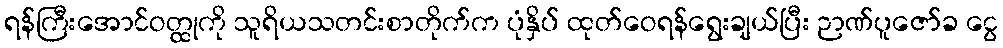
ရန်ကြီးအောင်ဝတ္ထုကို သူရိယသတင်းစာတိုက်က ပုံနှိပ် ထုတ်ဝေရန်ရွေးချယ်ပြီး ဉာဏ်ပူဇော်ခ ငွေ